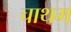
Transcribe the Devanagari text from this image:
चाथम